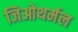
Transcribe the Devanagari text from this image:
जिओथर्मल